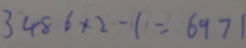
3 4 8 6 \times 2 - 1 = 6 9 7 1